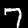
Label: 7